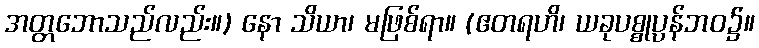
အတ္တဘောသည်လည်း။) နော သိယာ၊ မဖြစ်ရာ။ (ဧတရဟိ၊ ယခုပစ္စုပ္ပန်ဘဝ၌။